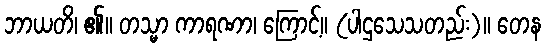
ဘာယတိ၊ ၏။ တသ္မာ ကာရဏာ၊ ကြောင့်။ (ပါဌသေသတည်း)။ တေန